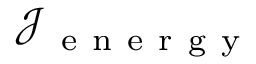
\mathcal { J } _ { \mathrm { ~ e ~ n ~ e ~ r ~ g ~ y ~ } }